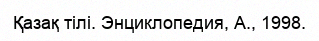
Қазақ тілі. Энциклопедия, А., 1998.